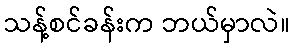
သန့်စင်ခန်းက ဘယ်မှာလဲ။